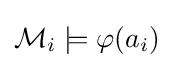
{\mathcal {M}}_{i}\models \varphi (a_{i})